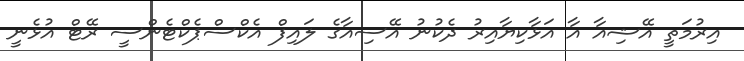
އިރުމަތީ އޭޝިއާ އާ އަޅާކިޔާއިރު ދެކުނު އޭސިއާގެ ލައިފް އެކްސްޕެކްޓެންސީ ރޭޓް އުޅެނީ